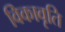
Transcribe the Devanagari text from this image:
विकावृति